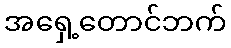
အရှေ့တောင်ဘက်